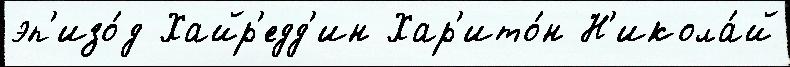
эп'изо́д Хайр'едд'ин Хар'ито́н Н'икола́й